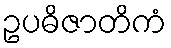
ဥပဓိဇာတိကံ